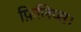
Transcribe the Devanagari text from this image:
फ़िलिप्स।